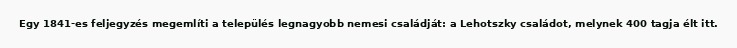
Egy 1841-es feljegyzés megemlíti a település legnagyobb nemesi családját: a Lehotszky családot, melynek 400 tagja élt itt.